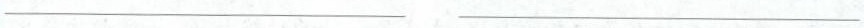
___ ___